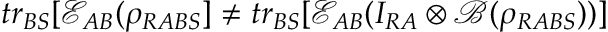
t r _ { B S } [ \mathcal { E } _ { A B } ( \rho _ { R A B S } ] \neq t r _ { B S } [ \mathcal { E } _ { A B } ( I _ { R A } \otimes \mathcal { B } ( \rho _ { R A B S } ) ) ]